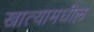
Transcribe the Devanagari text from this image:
खात्यामधील